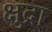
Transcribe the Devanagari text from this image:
क्षुद्रा